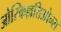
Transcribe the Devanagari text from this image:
ओस्किल्लतिओन्स